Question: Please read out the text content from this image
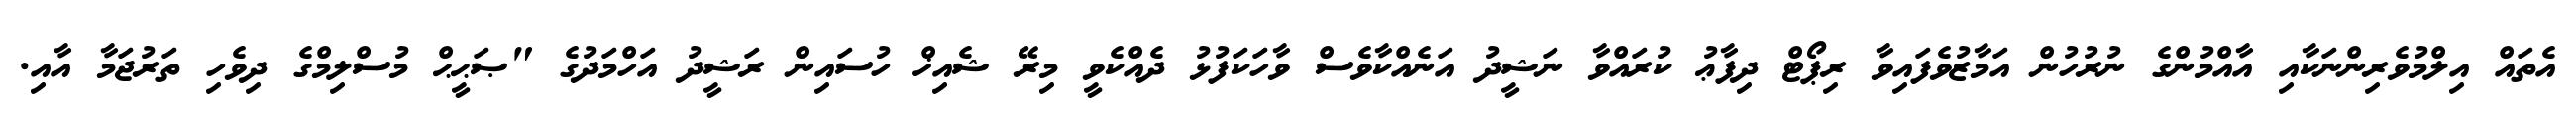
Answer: އެތައް އިލްމުވެރިންނަކާއި އާއްމުންގެ ނުރުހުން އަމާޒުވެފައިވާ ރިޕޯޓް ދިފާޢު ކުރައްވާ ނަޝީދު އަނެއްކާވެސް ވާހަކަފުޅު ދެއްކެވީ މިރޭ ޝެއިޚް ހުސައިން ރަޝީދު އަހްމަދުގެ "ޞަޙީޙް މުސްލިމްގެ ދިވެހި ތަރުޖަމާ އާއި.